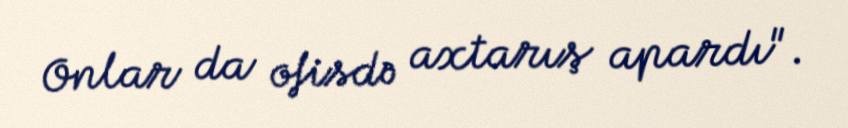
Onlar da ofisdə axtarış apardı".